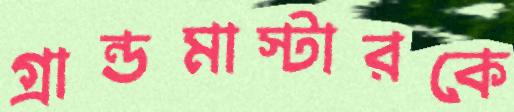
গ্রান্ডমাস্টারকে